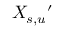
X _ { s , u } { } ^ { \prime }